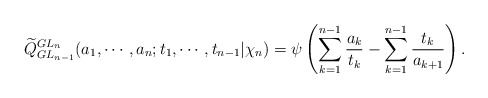
\begin{align*} \widetilde{Q}_{GL_{n-1}}^{GL_{n}}(a_1,\cdots,a_n;t_1,\cdots, t_{n-1}|\chi_n)=\psi\left(\sum_{k=1}^{n-1}\frac{a_k}{t_{k}}-\sum_{k=1}^{n-1}\frac{t_k}{a_{k+1}}\right).\end{align*}